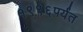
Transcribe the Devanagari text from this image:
१९९६पर्यंत